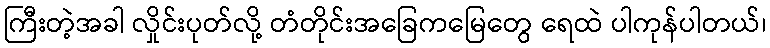
ကြီးတဲ့အခါ လှိုင်းပုတ်လို့ တံတိုင်းအခြေကမြေတွေ ရေထဲ ပါကုန်ပါတယ်၊